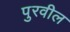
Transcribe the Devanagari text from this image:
पुरवील